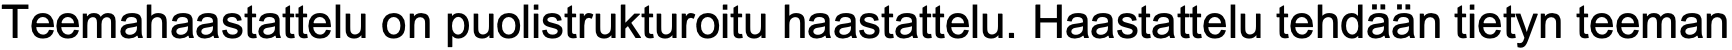
Teemahaastattelu on puolistrukturoitu haastattelu. Haastattelu tehdään tietyn teeman